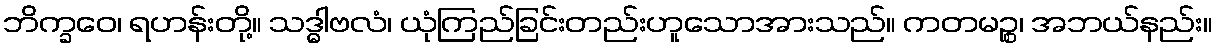
ဘိက္ခဝေ၊ ရဟန်းတို့။ သဒ္ဓါဗလံ၊ ယုံကြည်ခြင်းတည်းဟူသောအားသည်။ ကတမဉ္စ၊ အဘယ်နည်း။